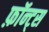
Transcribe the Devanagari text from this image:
फ़ॉन्ट्‍स